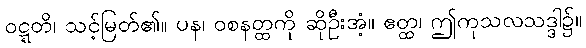
ဝဋ္ဋတိ၊ သင့်မြတ်၏။ ပန၊ ဝစနတ္ထကို ဆိုဦးအံ့။ ဧတ္ထ၊ ဤကုသလသဒ္ဒါ၌။